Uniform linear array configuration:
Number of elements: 24
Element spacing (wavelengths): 0.75
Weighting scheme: uniform
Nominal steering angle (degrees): -30
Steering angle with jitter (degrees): -31.427
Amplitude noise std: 0.05
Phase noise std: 0.05

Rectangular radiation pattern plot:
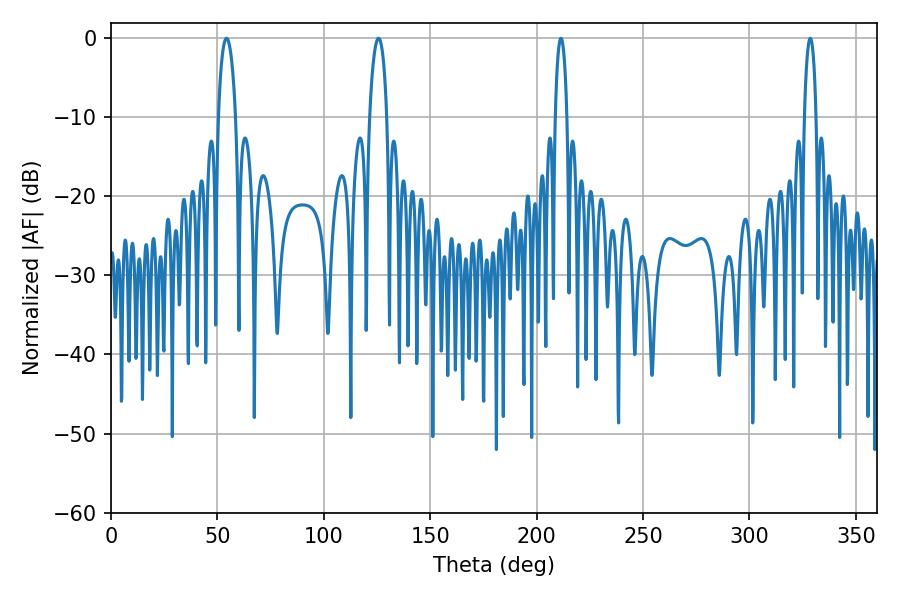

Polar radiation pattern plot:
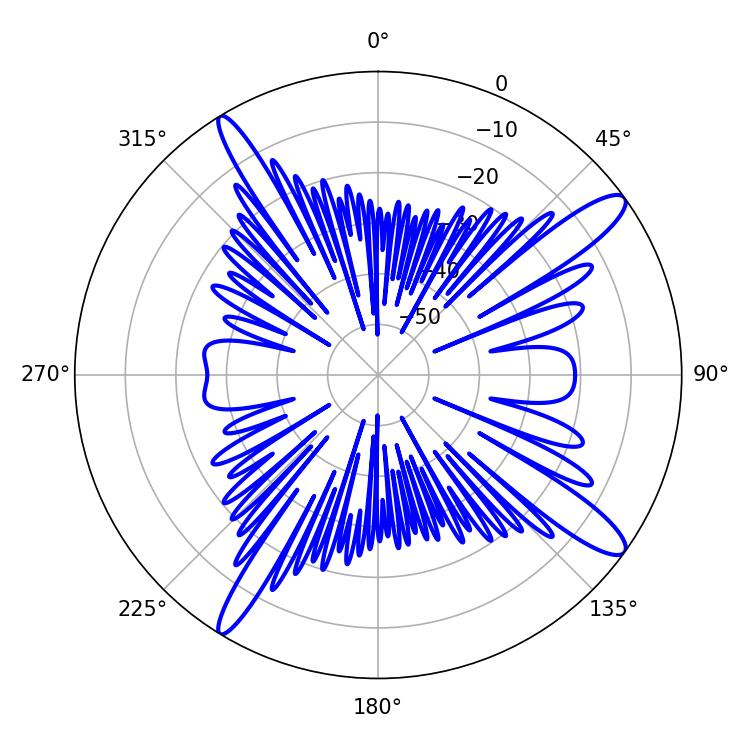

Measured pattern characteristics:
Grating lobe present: TRUE
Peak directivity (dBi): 13.686
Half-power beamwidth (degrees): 4.68
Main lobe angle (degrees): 54.36